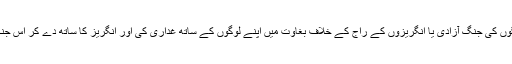
یہ وہ لوگ تھے جنہوں نے ہندستان کے لوگوں کی جنگِ آزادی یا انگریزوں کے راج کے خلاف بغاوت میں اپنے لوگوں کے ساتھ غداری کی اور انگریز کا ساتھ دے کر اس جنگِ آزادی یا بغاوت کو کچلنے میں مدد کی ۔